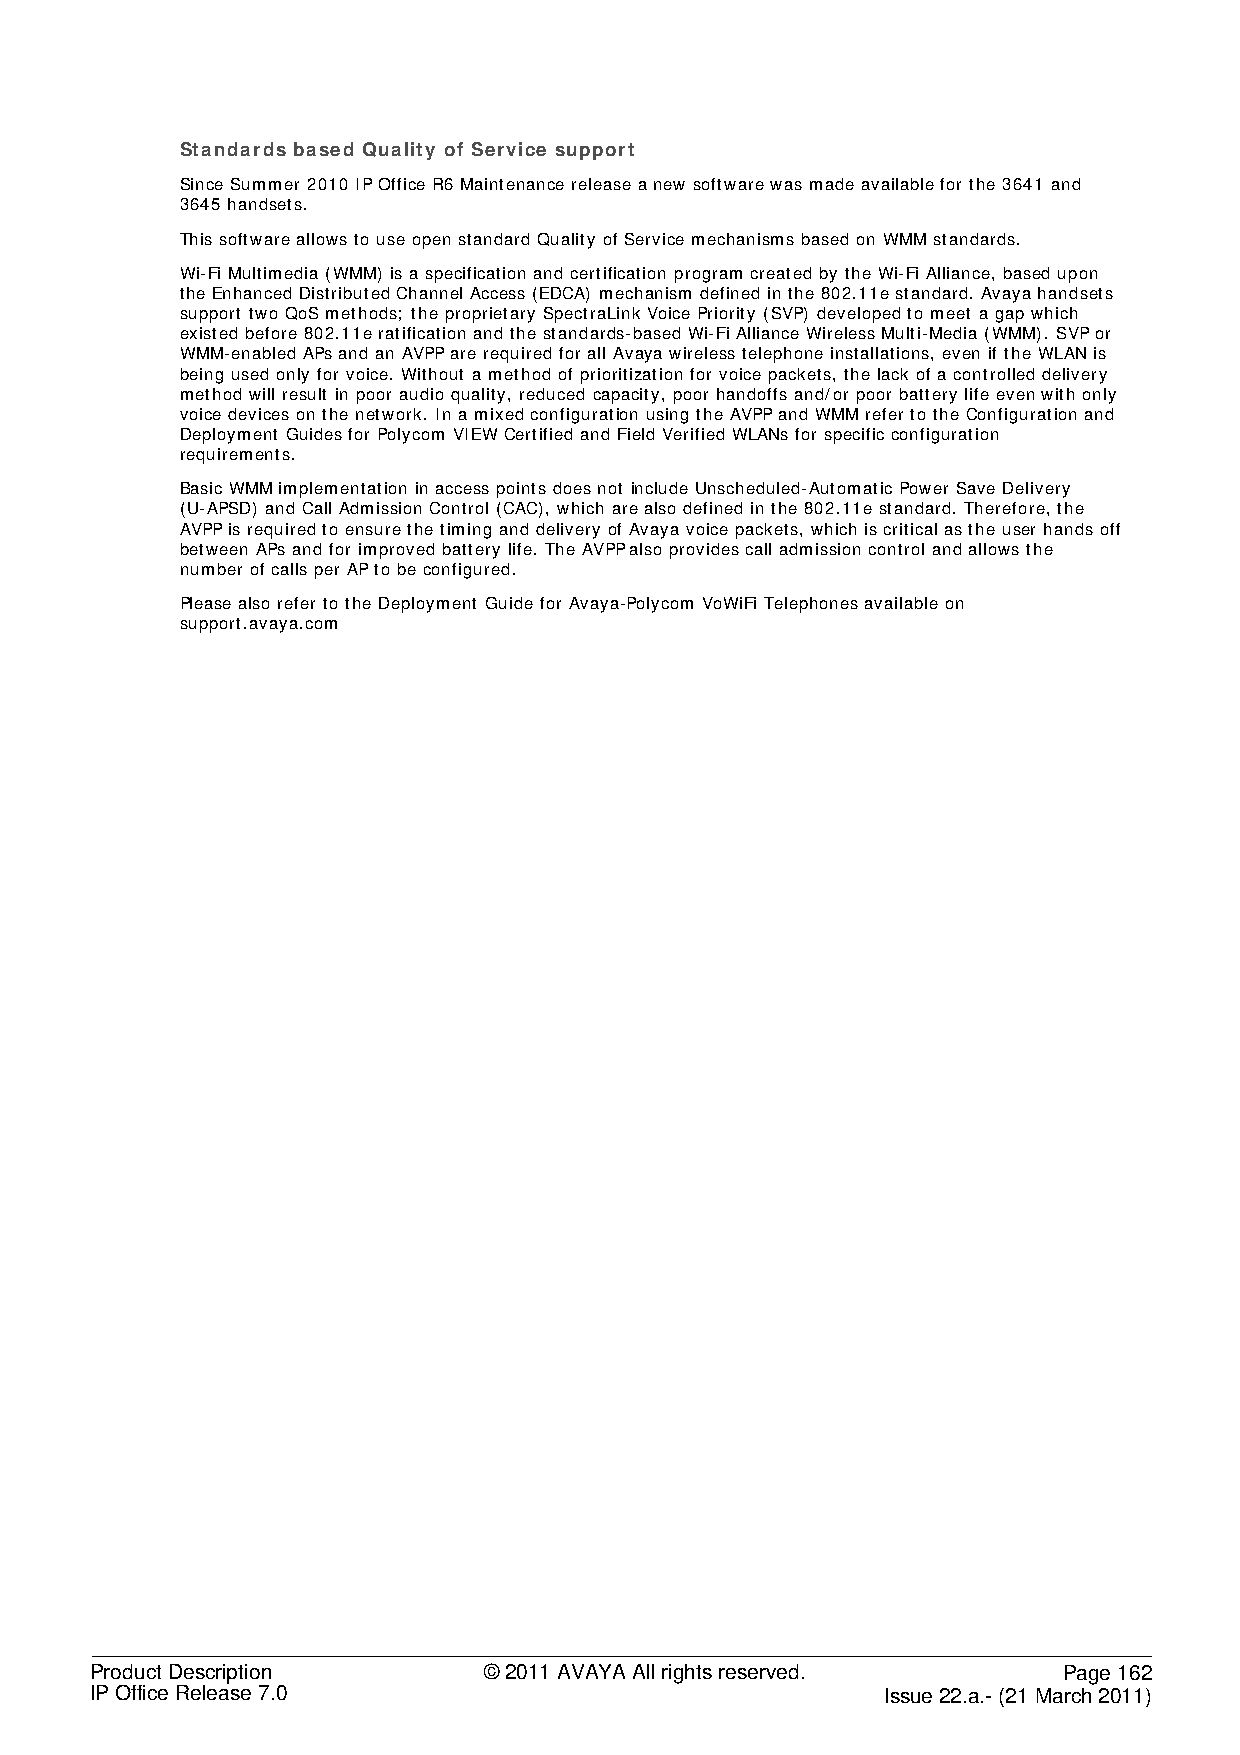
Standards based Quality of Service support
 Since Summer 2010 IP Office R6 Maintenance release a new software was made available for the 3641 and
 3645 handsets.
 This software allows to use open standard Quality of Service mechanisms based on WMM standards.
 Wi-Fi Multimedia (WMM) is a specification and certification program created by the Wi-Fi Alliance, based upon
 the Enhanced Distributed Channel Access (EDCA) mechanism defined in the 802.11e standard. Avaya handsets
 support two QoS methods; the proprietary SpectraLink Voice Priority (SVP) developed to meet a gap which
 existed before 802.11e ratification and the standards-based Wi-Fi Alliance Wireless Multi-Media (WMM). SVP or
 WMM-enabled APs and an AVPP are required for all Avaya wireless telephone installations, even if the WLAN is
 being used only for voice. Without a method of prioritization for voice packets, the lack of a controlled delivery
 method will result in poor audio quality, reduced capacity, poor handoffs and/or poor battery life even with only
 voice devices on the network. In a mixed configuration using the AVPP and WMM refer to the Configuration and
 Deployment Guides for Polycom VIEW Certified and Field Verified WLANs for specific configuration
 requirements.
 Basic WMM implementation in access points does not include Unscheduled-Automatic Power Save Delivery
 (U-APSD) and Call Admission Control (CAC), which are also defined in the 802.11e standard. Therefore, the
 AVPP is required to ensure the timing and delivery of Avaya voice packets, which is critical as the user hands off
 between APs and for improved battery life. The AVPP also provides call admission control and allows the
 number of calls per AP to be configured.
 Please also refer to the Deployment Guide for Avaya-Polycom VoWiFi Telephones available on
 support.avaya.com
 Product Description       © 2011 AVAYA All rights reserved.     Page 162
 IP Office Release 7.0                                Issue 22.a.- (21 March 2011)